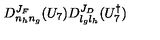
D _ { n _ { h } n _ { g } } ^ { J _ { F } } ( U _ { 7 } ) D _ { l _ { g } l _ { h } } ^ { J _ { D } } ( U _ { 7 } ^ { \dagger } )